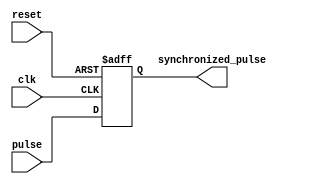
module PulseSynchronizer (
    input wire clk,
    input wire reset,
    input wire pulse,
    output reg synchronized_pulse
);

always @(posedge clk or posedge reset) begin
    if (reset) begin
        synchronized_pulse <= 1'b0;
    end else begin
        synchronized_pulse <= pulse;
    end
end

endmodule